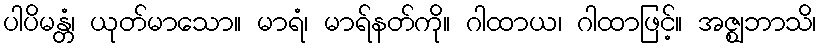
ပါပိမန္တံ၊ ယုတ်မာသော။ မာရံ၊ မာရ်နတ်ကို။ ဂါထာယ၊ ဂါထာဖြင့်။ အဇ္ဈဘာသိ၊